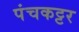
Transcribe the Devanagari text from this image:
पंचकट्टर